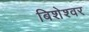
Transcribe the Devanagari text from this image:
बिशेश्वर